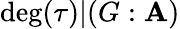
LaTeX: \deg(\tau)|(G:\mathbf{A})